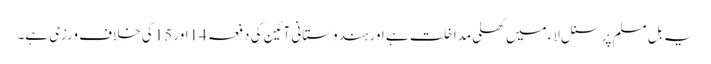
یہ بل مسلم پرسنل لاء میں کھلی مداخلت ہے اور ہندوستانی آئین کی دفعہ 14اور 15کی خلاف ورزی ہے۔